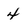
Character: 4